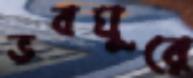
ভবঘুরে